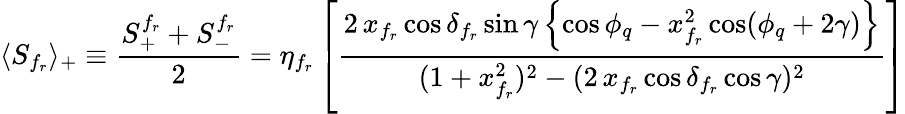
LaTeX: \langle S_{f_{r}}\rangle_{+}\equiv\frac{S_{+}^{f_{r}}+S_{-}^{f_{r}}}{2}=\eta_{f_{r}}\left[\frac{2\, x_{f_{r}}\cos\delta_{f_{r}}\sin\gamma\left\{ \cos\phi_{q}-x_{f_{r}}^{2}\cos(\phi_{q}+2\gamma)\right\} }{(1+x_{f_{r}}^{2})^{2}-(2\, x_{f_{r}}\cos\delta_{f_{r}}\cos\gamma)^{2}}\right]